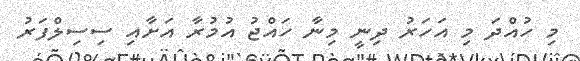
މި ހުއްދަ މި އަހަރު ދިނީ މިނާ ހައްޖު އުމުރާ އަށާއި ސިސިލްފަރު